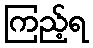
ကြည့်ရ